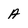
Character: A